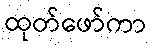
ထုတ်ဖော်ကာ